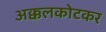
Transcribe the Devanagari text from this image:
अक्कलकोटकर